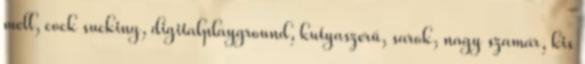
mell, cock sucking, digitalplayground, kutyaszerű, sarok, nagy szamár, kis